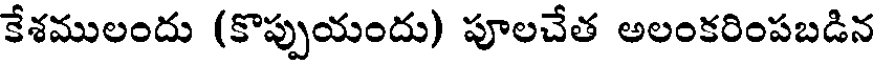
కేశములందు (కొప్పుయందు) పూలచేత అలంకరింపబడిన